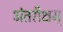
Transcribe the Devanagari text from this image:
अंतरीक्षम्